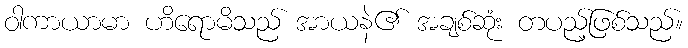
ဝါကာယာမာ ဟိရောမိသည် အာယနဲ၏ အချစ်ဆုံး တပည့်ဖြစ်သည်။